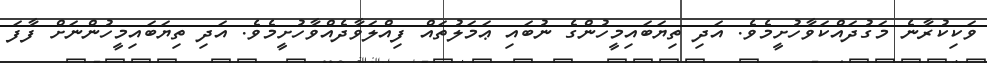
ވަކިކުރާނެ މަގުދައްކަވާހުށީމެވެ. އަދި ތިޔަބައިމީހުންގެ ނުބައި ޢަމަލުތައް ފިއްލަވާދެއްވާހުށީމެވެ. އަދި ތިޔަބައިމީހުންނަށް ފާފަ